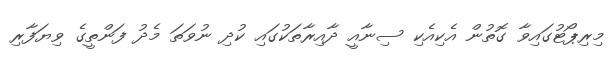
މިރިޕޯޓުގައިވާ ގޮތުން އެކިއެކި ސިނާއީ ދާއިރާތަކުގައި ކުދި ނުވަތަ މެދު ފަންތީގެ ވިޔަފާރި